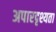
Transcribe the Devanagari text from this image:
अपारदृश्यता